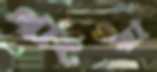
থাংয়া